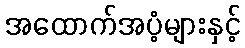
အထောက်အပံ့များနှင့်